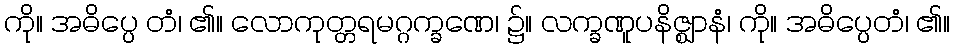
ကို။ အဓိပ္ပေ တံ၊ ၏။ လောကုတ္တရမဂ္ဂက္ခဏေ၊ ၌။ လက္ခဏူပနိဇ္ဈာနံ၊ ကို။ အဓိပ္ပေတံ၊ ၏။